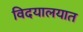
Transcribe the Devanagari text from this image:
विदयालयात